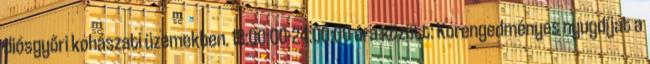
diósgyőri kohászati üzemekben. 18:00:00-24:00:00 óra között: Korengedményes nyugdíjat a